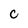
Character: C